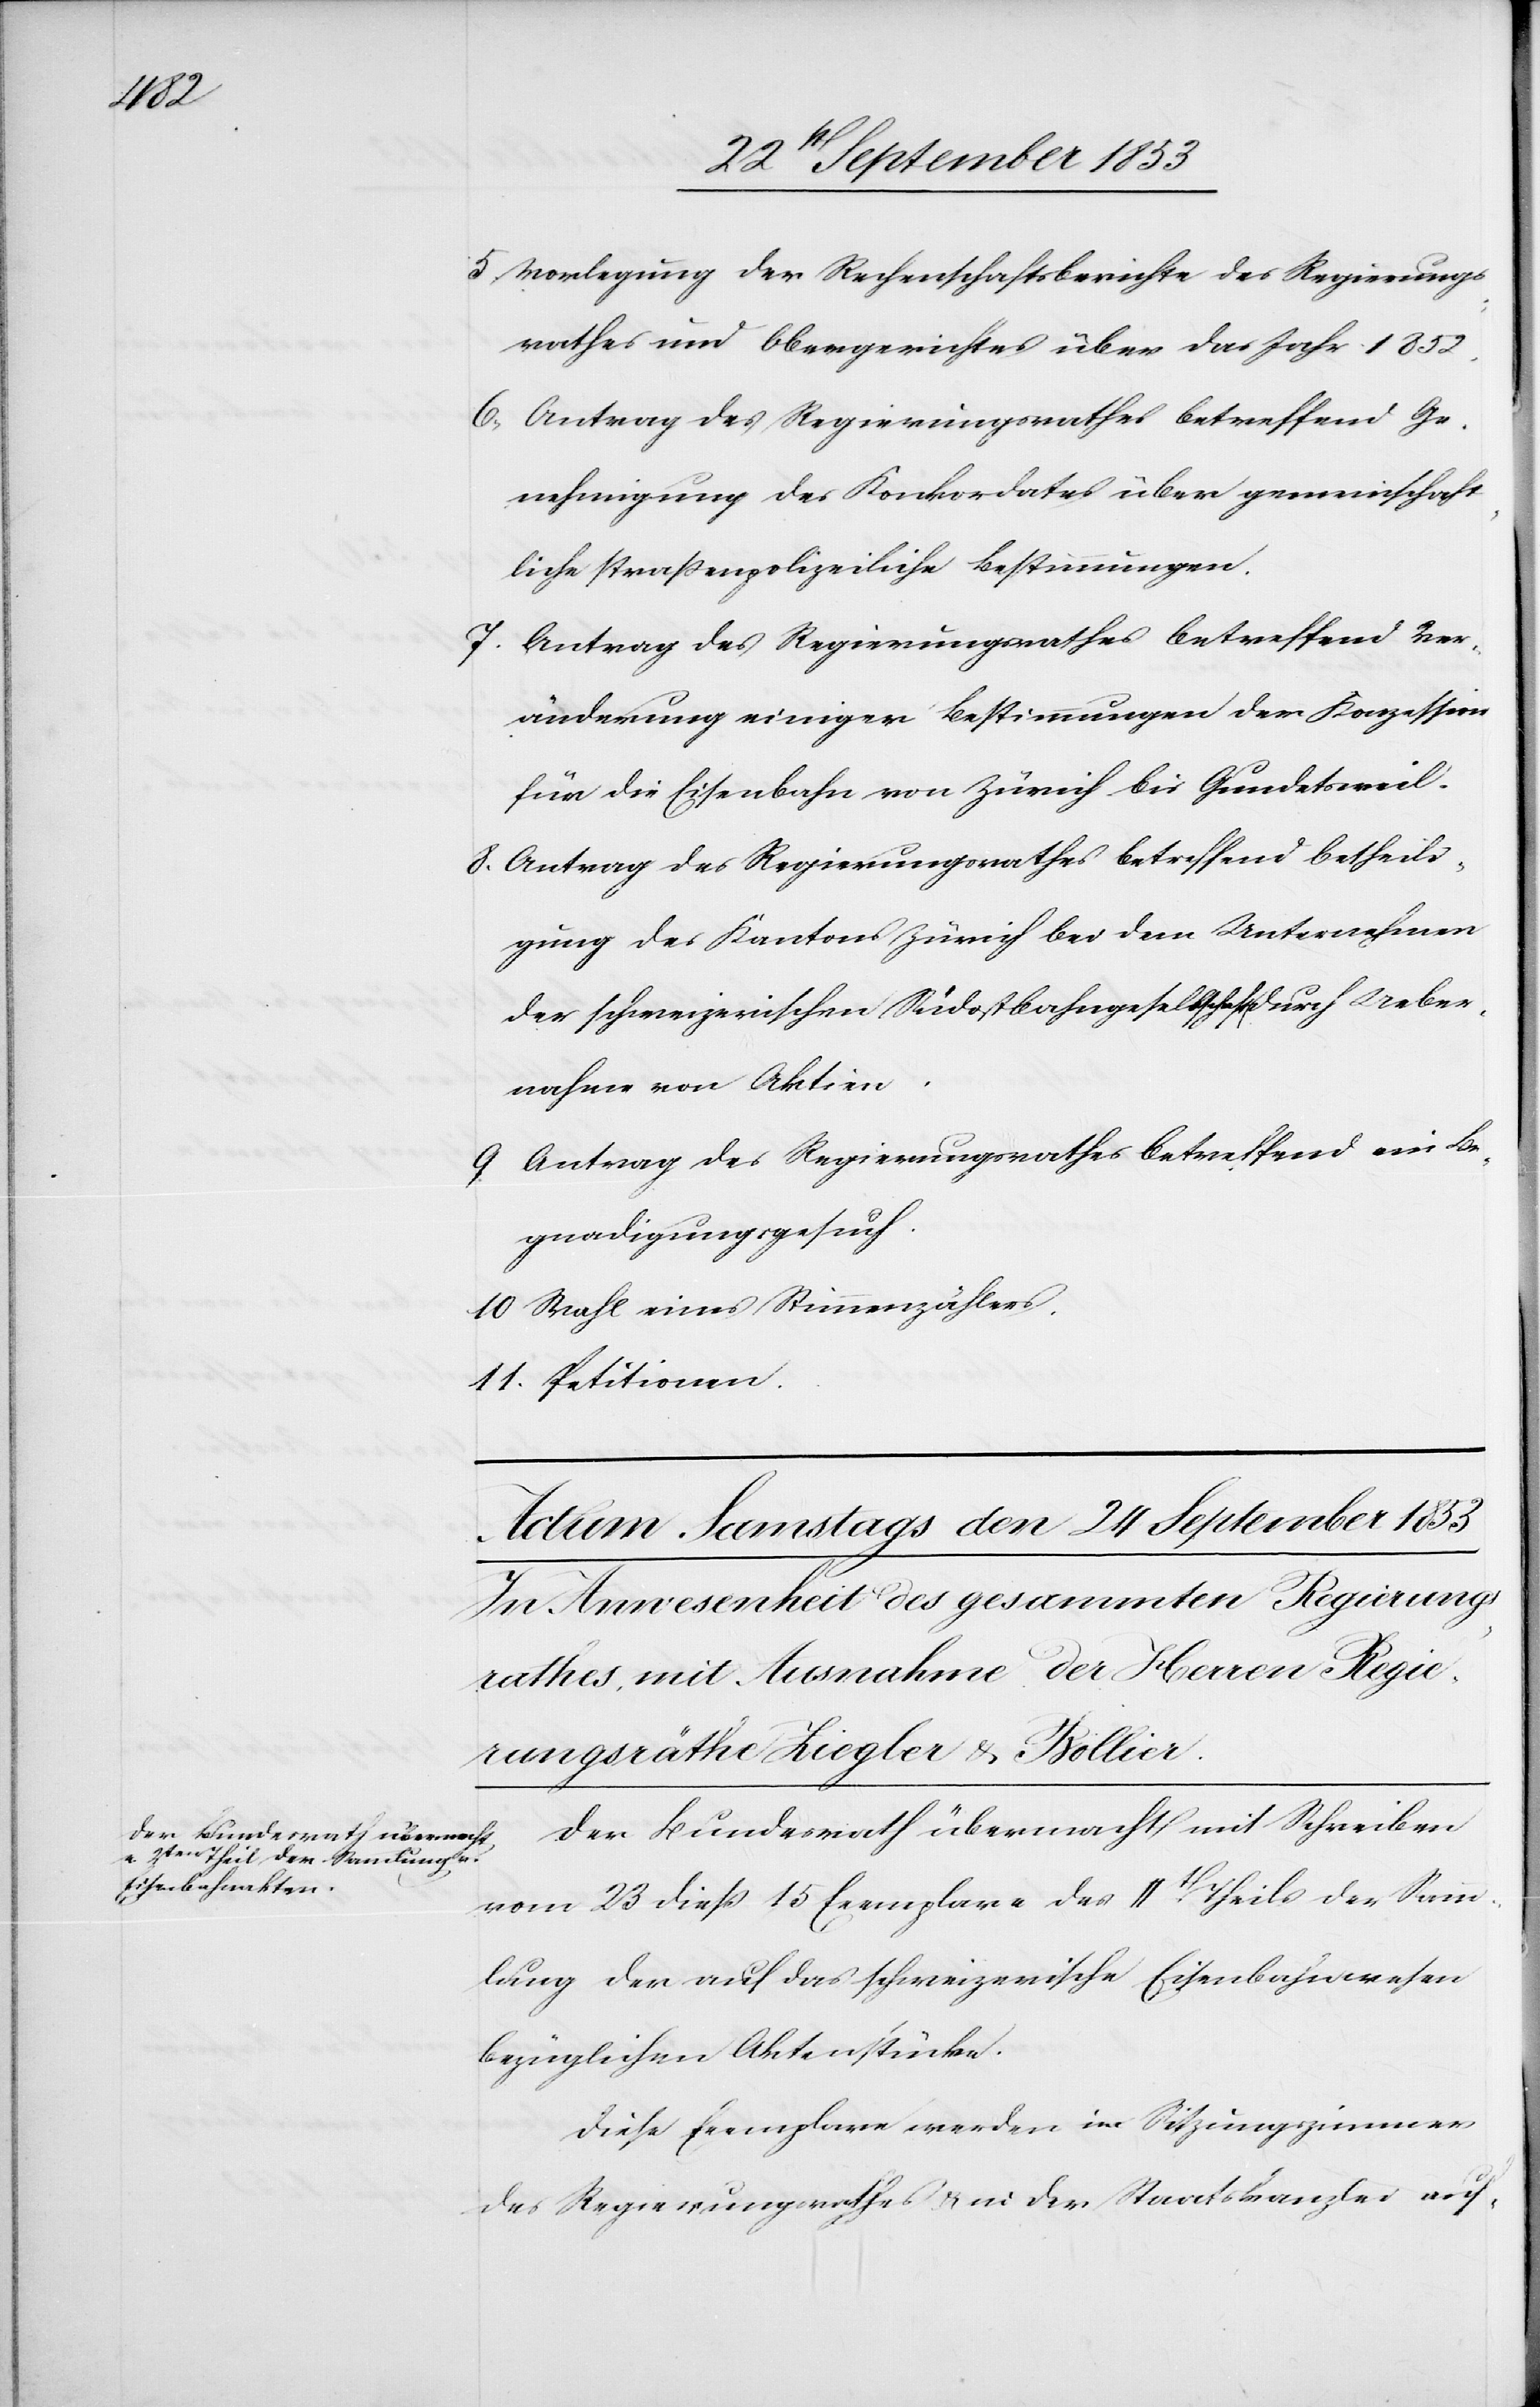
5, Vorlegung der Rechenschaftsberichte des Regierungs¬
rathes und Obergerichtes über das Jahr 1852.
6, Antrag des Regierungsrathes betreffend Ge¬
nehmigung des Konkordates über gemeinschaft¬
liche straßenpolizeiliche Bestimmungen.
7. Antrag des Regierungsrathes betreffend Ver¬
änderung einiger Bestimmungen der Konzession
für die Eisenbahn von Zürich bis Gundetsweil.
8. Antrag des Regierungsrathes betreffend Betheili¬
gung des Kantons Zürich bei dem Unternehmen
der schweizerischen Südostbahngesellschaft durch Ueber¬
nahme von Aktiven.
9. Antrag des Regierungsrathes betreffend ein Be¬
gnadigungsgesuch.
10. Wahl eines Stimmenzählers.
11. Petitionen.
Der Bundesrath übermacht mit Schreiben
vom 23 dieß 15 Exemplare des IIt Theils der Samm¬
lung der auf das schweizerische Eisenbahnwesen
bezüglichen Aktenstücke.
Diese Exemplare werden im Sitzungszimmer
des Regierungsrathes u. in der Staatskanzlei auf-